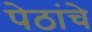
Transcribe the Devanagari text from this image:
पेठांचे